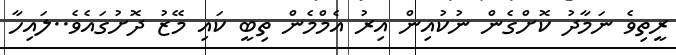
ރީތިވެ ނަމާދު ކޮށްގެން ނުކުއިން އިރު އެމްމެން ތިބީ ކައި މޭޒު ދޮށުގައެވެ..ލައިހާ